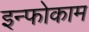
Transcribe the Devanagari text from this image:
इन्फोकाम